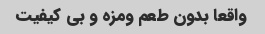
واقعا بدون طعم ومزه و بی کیفیت